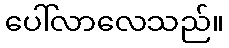
ပေါ်လာလေသည်။